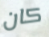
كان